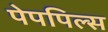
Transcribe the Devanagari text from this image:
पेपपिल्स